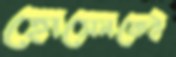
হোসেনকেই